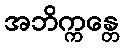
အဘိက္ကန္တေ